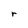
Character: r